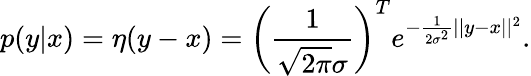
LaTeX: p(y|x)=\eta(y-x)=\bigg(\frac{1}{\sqrt{2\pi}\sigma}\bigg)^{T}e^{-\frac{1}{2\sigma^{2}}||y-x||^{2}}.